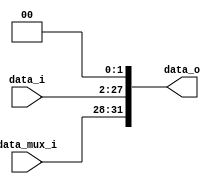
module Jump_Shift_Left_2(
	data_i,
	data_mux_i,//from mux(PC + 4, Branch), largest 4 bit only;
	data_o
);

input	[25:0]	data_i;
input	[3:0]	data_mux_i;
output	[31:0]	data_o;

reg	[27:0]	temp;

always @(*) begin
	temp = (data_i << 2);
end

assign  data_o = {data_mux_i, temp};

endmodule